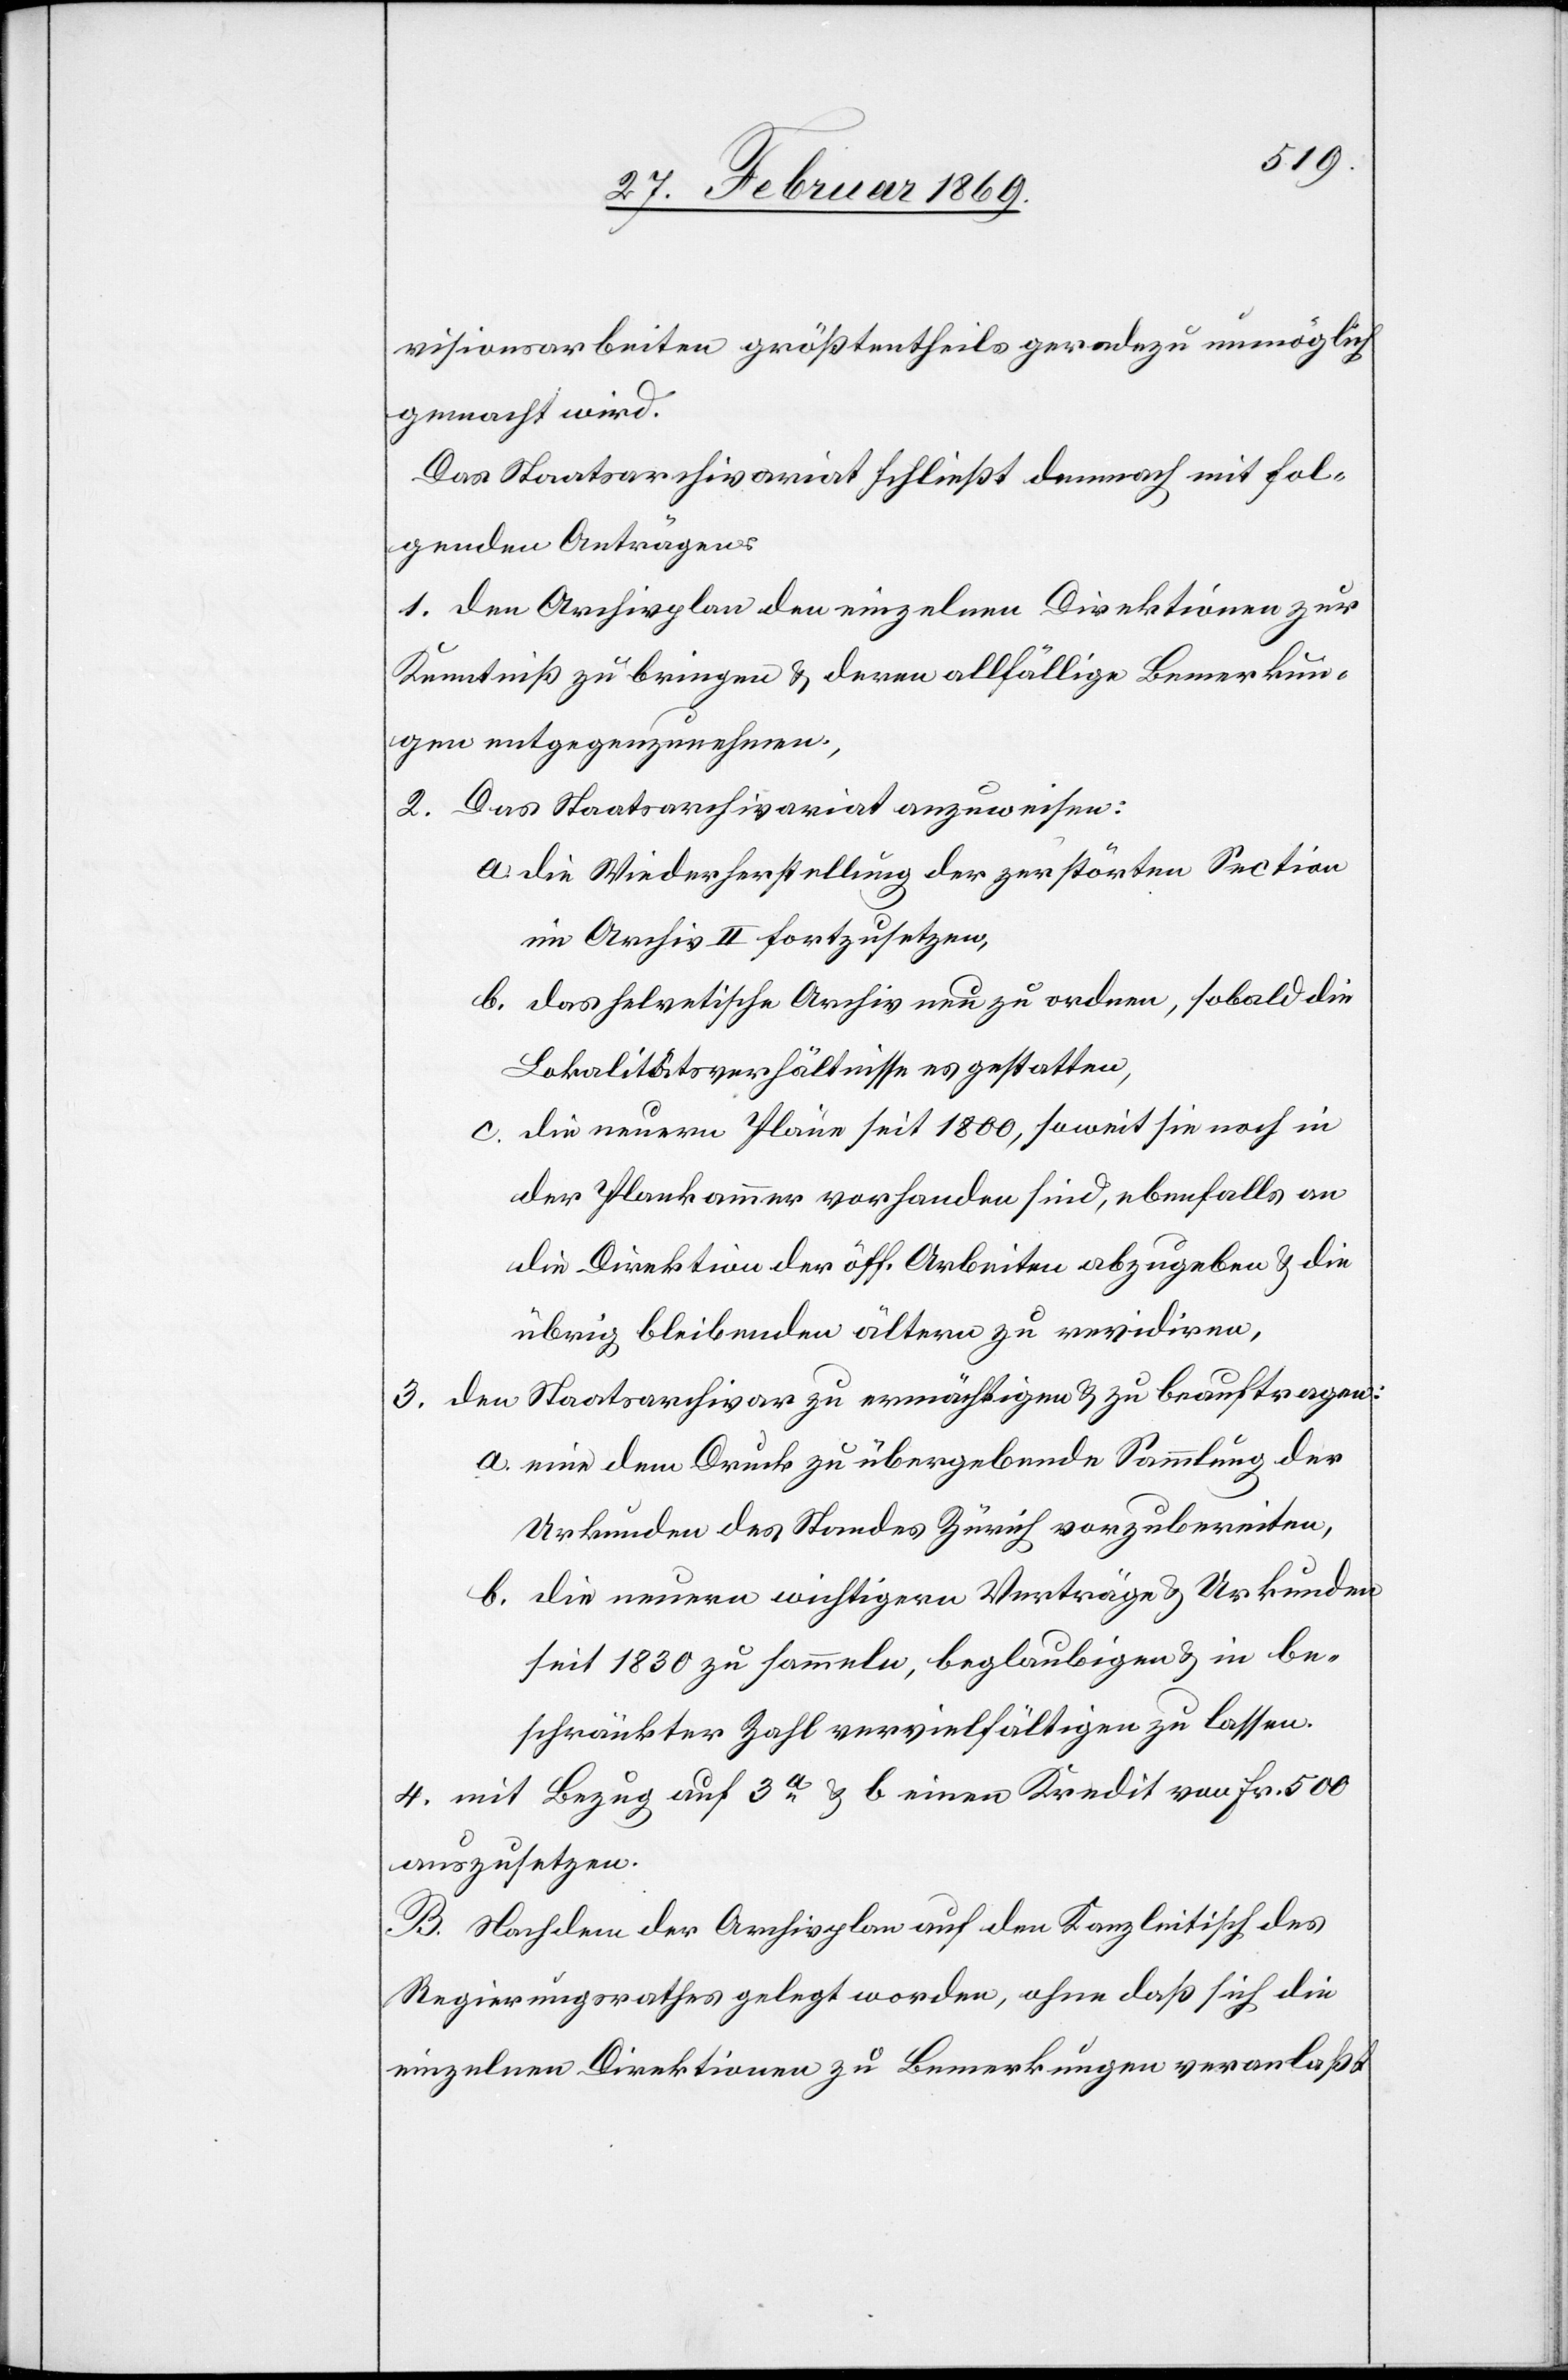
3.

visionsarbeiten größtentheils geradezu unmöglich
gemacht wird.
Das Staatsarchivariat schließt dennoch mit fol¬
genden Anträgen:
1. den Archivplan den einzelne Direktionen zur
Kenntniß zu bringen & deren allfällige Bemerkun¬
gen entgegenzunehmen,
2. das Staatsarchivariat anzuweisen:
a. die Wiederherstellung der zerstörten Section
im Archiv II fortzusetzen,
b. das helvetische Archiv neu zu ordnen, sobald die
Lokalitätsverhältnisse es gestatten,
c. die neuern Pläne seit 1800, soweit sie noch in
der Plankammer vorhanden sind, ebenfalls an
die Direktion der öff. Arbeiten abzugeben & die
übrig bleibenden ältern zu revidiren,
den Staatsarchivar zu ermächtigen & zu beauftragen:
a. eine dem Druck zu übergebende Sammlung der
Urkunden des Standes Zürich vorzubereiten,
b. die neuern wichtigern Verträge & Urkunden
seit 1830 zu sammeln, beglaubigen & in be¬
schränkter Zahl vervielfältigen zu lassen.
4. mit Bezug auf 3a & b einen Kredit von Fr. 500
auszusetzen.
B. Nachdem der Archivplan auf den Kanzleitisch des
Regierungsrathes gelegt worden, ohne daß sich die
einzelnen Direktionen zu Bemerkungen veranlaßt